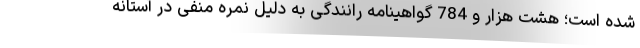
شده است؛ هشت هزار و 784 گواهینامه رانندگی به دلیل نمره منفی در آستانه